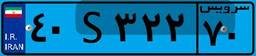
۴۰S۳۲۲۷۰